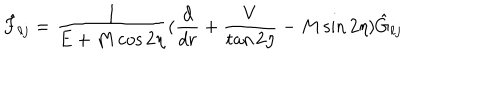
LaTeX: \hat { F } _ { \ell j } = { \frac { 1 } { E + M \cos 2 \eta } } ( { \frac { d } { d r } } + { \frac { V } { \tan 2 \eta } } - M \sin 2 \eta ) \hat { G } _ { \ell j }